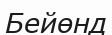
Бейөнд